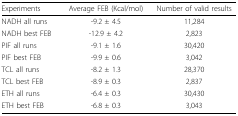
| Experiments | Average FEB (Kcal/mol) | Number of valid results |
 | --- | --- | --- |
 | NADH all runs | -9.2 ± 4.5 | 11,284 |
 | NADH best FEB | -12.9 ± 4.2 | 2,823 |
 | PIF all runs | -9.1 ± 1.6 | 30,420 |
 | PIF best FEB | -9.9 ± 0.6 | 3,042 |
 | TCL all runs | -8.2 ± 1.3 | 28,370 |
 | TCL best FEB | -8.9 ± 0.3 | 2,837 |
 | ETH all runs | -6.4 ± 0.3 | 30,430 |
 | ETH best FEB | -6.8 ± 0.3 | 3,043 |